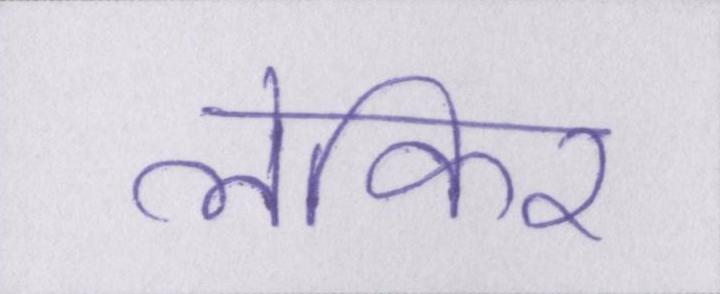
लेकिर